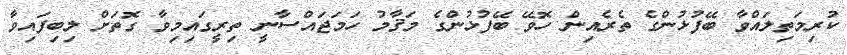
ކުރިމަތިލައްވާ ބޭފުޅުންގެ ތެރެއިން ހޮވޭ ބޭފުޅުންގެ މަޤާމު ހަމަޖައްސާނީ ތިރީގައިމިވާ ގޮތަށް ލިބިފައިވާ